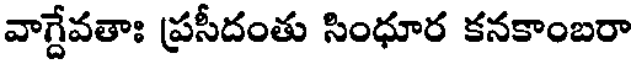
వాగ్దేవతాః ప్రసీదంతు సింధూర కనకాంబరా